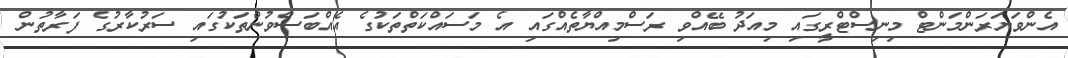
އެންވަޔަރަންމަންޓް މިނިސްޓްރީގައި މިއަދު ބޭއްވި ރަސްމިއްޔާތެއްގައި އެ މަސައްކަތްތަކުގެ އެއްބަސްވުންތަކުގައި ސަރުކާރުގެ ފަރާތުން